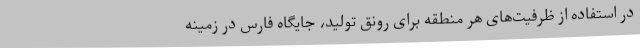
در استفاده از ظرفیت‌های هر منطقه برای رونق تولید، جایگاه فارس در زمینه